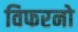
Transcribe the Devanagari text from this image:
विफरनो